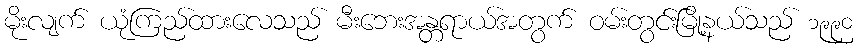
မိုးလျက် ယုံကြည်ထားလေသည် မီးဘေးအန္တရာယ်အတွက် ဝမ်းတွင်းမြို့နယ်သည် ၁၉၉၀